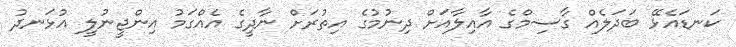
ކަނޑައެޅޭ ބަދަލެއް ގާސިމްގެ އާއިލާއަށް ދިނުމުގެ އިތުރަށް ނާދީގެ އެއްގަމު އިންޖީނުލީ އުޅަނދު